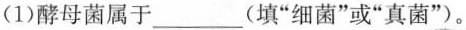
（1）酵母菌属于___(填“细菌”或“真菌”)。